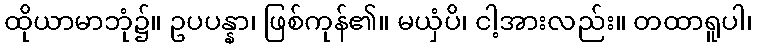
ထိုယာမာဘုံ၌။ ဥပပန္နာ၊ ဖြစ်ကုန်၏။ မယှံပိ၊ ငါ့အားလည်း။ တထာရူပါ၊